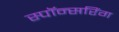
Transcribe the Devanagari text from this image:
स्पॉन्सरिंग